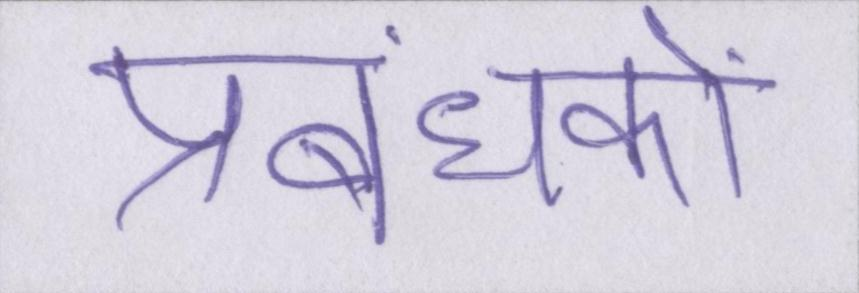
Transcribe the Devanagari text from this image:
प्रबंधकों